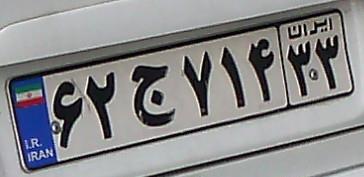
۶۲ج۷۱۴۳۳